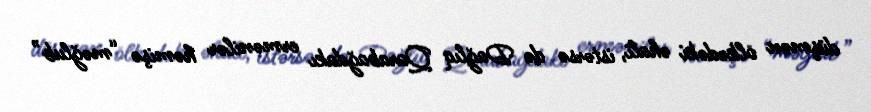
düşmən ölkədəki əhali, istərsə də Dağlıq Qarabağdakı ermənilər həmişə “məğlub”